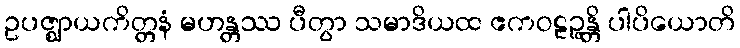
ဥပဇ္ဈာယကိတ္တနံ မဟန္တဿ ပီတွာ သမာဒိယထ ဧကဝဠဉ္ဇန္တိ ပါပိယောတိ